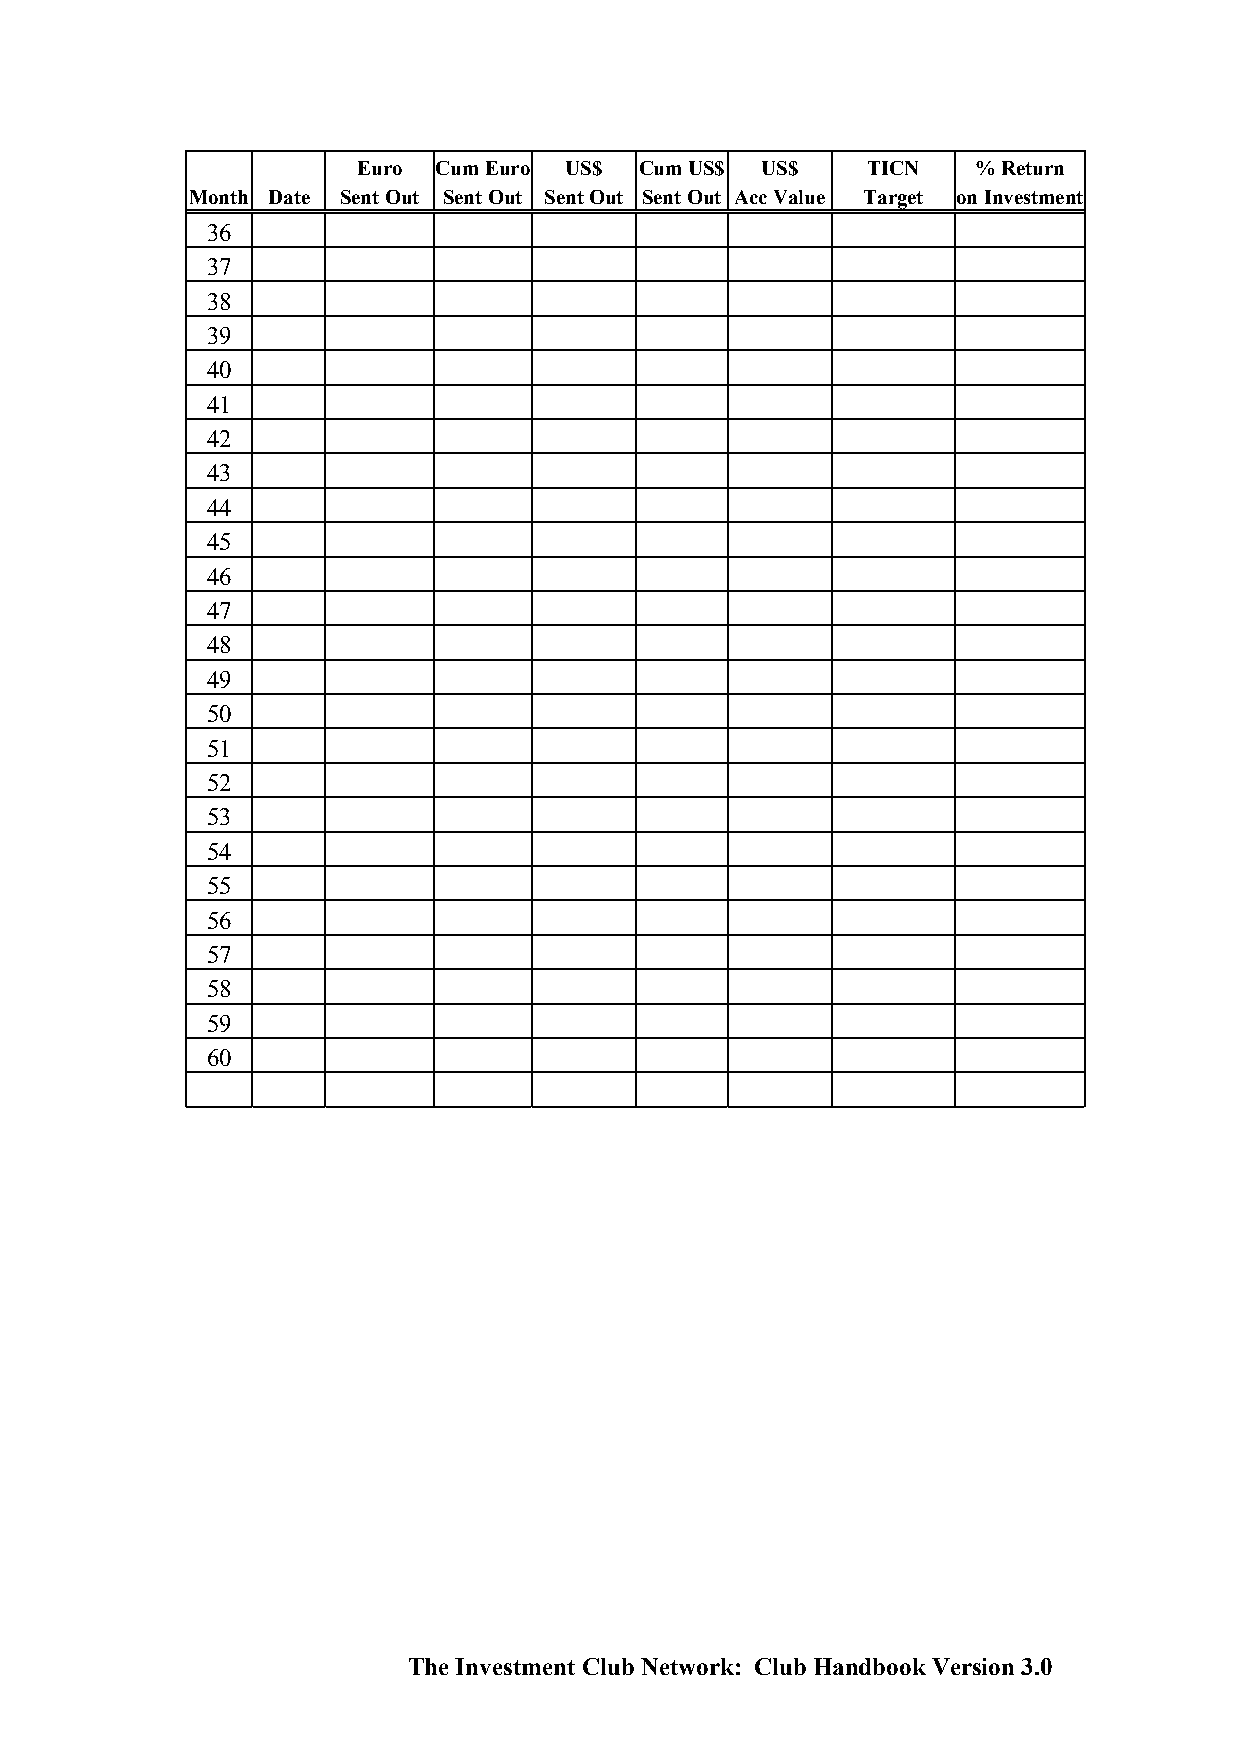
Euro Cum Euro US$ Cum US$ US$    TICN    % Return
 Month Date Sent Out Sent Out Sent Out Sent Out Acc Value Target on Investment
 36
 37
 38
 39
 40
 41
 42
 43
 44
 45
 46
 47
 48
 49
 50
 51
 52
 53
 54
 55
 56
 57
 58
 59
 60
 The Investment Club Network: Club Handbook Version 3.0